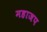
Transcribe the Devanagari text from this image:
महाजप